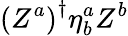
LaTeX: \left(Z^{a}\right)^{\dagger}\eta_{b}^{a}Z^{b}